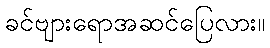
ခင်ဗျားရောအဆင်ပြေလား။